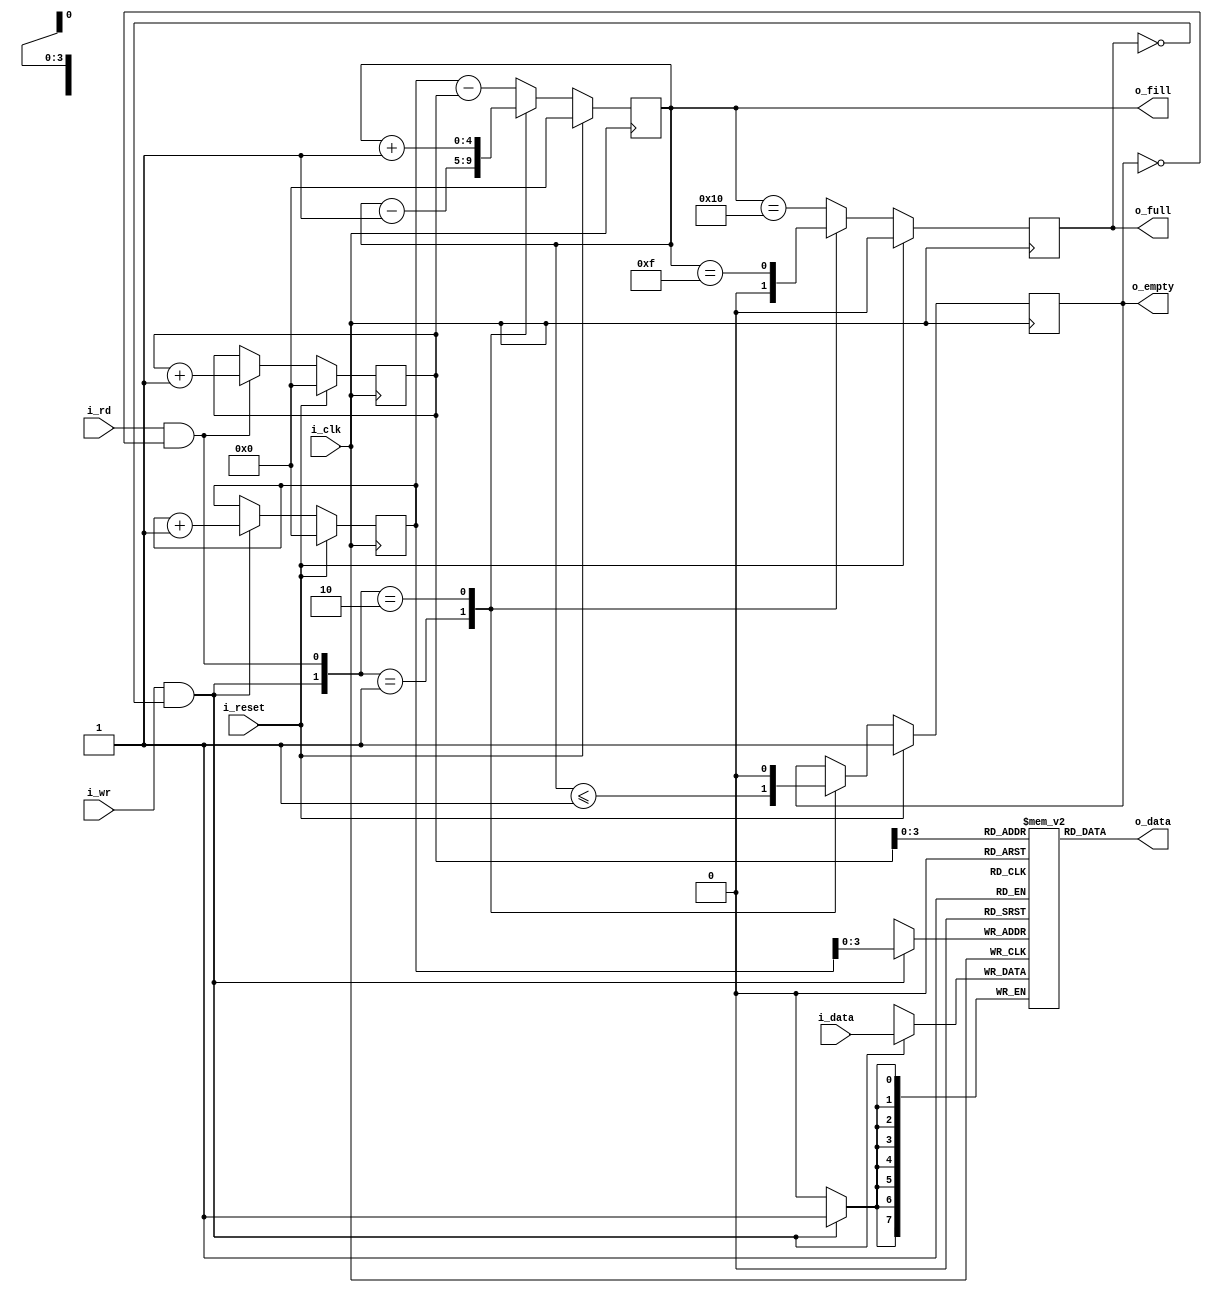
module sfifo #(
		// {{{
		parameter	BW=8,	// Byte/data width
		parameter 	LGFLEN=4,
		parameter [0:0]	OPT_ASYNC_READ = 1'b1,
		parameter [0:0]	OPT_WRITE_ON_FULL = 1'b0,
		parameter [0:0]	OPT_READ_ON_EMPTY = 1'b0,
		localparam	FLEN=(1<<LGFLEN)
		// }}}
	) (
		// {{{
		input	wire		i_clk,
		input	wire		i_reset,
		//
		// Write interface
		input	wire		i_wr,
		input	wire [(BW-1):0]	i_data,
		output	reg 		o_full,
		output	reg [LGFLEN:0]	o_fill,
		//
		// Read interface
		input	wire		i_rd,
		output	reg [(BW-1):0]	o_data,
		output	reg		o_empty	// True if FIFO is empty
		// }}}
	);

	// Register/net declarations
	// {{{
	reg			r_full, r_empty;
	reg	[(BW-1):0]	mem[0:(FLEN-1)];
	reg	[LGFLEN:0]	wr_addr, rd_addr;
	reg	[LGFLEN-1:0]	rd_next;

	wire	w_wr = (i_wr && !o_full);
	wire	w_rd = (i_rd && !o_empty);
	// }}}

	// o_fill
	// {{{
	initial	o_fill = 0;
	always @(posedge i_clk)
	if (i_reset)
		o_fill <= 0;
	else case({ w_wr, w_rd })
	2'b01: o_fill <= o_fill - 1;
	2'b10: o_fill <= o_fill + 1;
	default: o_fill <= wr_addr - rd_addr;
	endcase
	// }}}

	// r_full, o_full
	// {{{
	initial	r_full = 0;
	always @(posedge i_clk)
	if (i_reset)
		r_full <= 0;
	else case({ w_wr, w_rd})
	2'b01: r_full <= 1'b0;
	2'b10: r_full <= (o_fill == { 1'b0, {(LGFLEN){1'b1}} });
	default: r_full <= (o_fill == { 1'b1, {(LGFLEN){1'b0}} });
	endcase

	always @(*)
	if (OPT_WRITE_ON_FULL && i_rd)
		o_full = 1'b0;
	else
		o_full = r_full;
	// }}}
		
	// wr_addr, the write address pointer
	// {{{
	initial	wr_addr = 0;
	always @(posedge i_clk)
	if (i_reset)
		wr_addr <= 0;
	else if (w_wr)
		wr_addr <= wr_addr + 1'b1;
	// }}}

	// Write to memory
	// {{{
	always @(posedge i_clk)
	if (w_wr)
		mem[wr_addr[(LGFLEN-1):0]] <= i_data;
	// }}}

	// rd_addr, the read address pointer
	// {{{
	initial	rd_addr = 0;
	always @(posedge i_clk)
	if (i_reset)
		rd_addr <= 0;
	else if (w_rd)
		rd_addr <= rd_addr + 1;
	// }}}

	always @(*)
		rd_next = rd_addr[LGFLEN-1:0] + 1;

	// r_empty, o_empty
	// {{{
	initial	r_empty = 1'b1;
	always @(posedge i_clk)
	if (i_reset)
		r_empty <= 1'b1;
	else case ({ w_wr, w_rd })
	2'b01: r_empty <= (o_fill <= 1);
	2'b10: r_empty <= 1'b0;
	default: begin end
	endcase

	always @(*)
	if (OPT_READ_ON_EMPTY && i_wr)
		o_empty = 1'b0;
	else
		o_empty = r_empty;
	// }}}

	// Read from the FIFO
	// {{{
	generate if (OPT_ASYNC_READ && OPT_READ_ON_EMPTY)
	begin : ASYNCHRONOUS_READ_ON_EMPTY
		// o_data
		// {{{
		always @(*)
		begin
			o_data = mem[rd_addr[LGFLEN-1:0]];
			if (r_empty)
				o_data = i_data;
		end
		// }}}
	end else if (OPT_ASYNC_READ)
	begin : ASYNCHRONOUS_READ
		// o_data
		// {{{
		always @(*)
			o_data = mem[rd_addr[LGFLEN-1:0]];
		// }}}
	end else begin : REGISTERED_READ
		// {{{
		reg		bypass_valid;
		reg [BW-1:0]	bypass_data, rd_data;

		// Memory read, bypassing it if we must
		// {{{
		initial bypass_valid = 0;
		always @(posedge i_clk)
		if (i_reset)
			bypass_valid <= 0;
		else begin
			bypass_valid <= 1'b0;
			if (!i_wr)
				bypass_valid <= 1'b0;
			else if (r_empty || (i_rd && (o_fill == 1)))
				bypass_valid <= 1'b1;
		end

		always @(posedge i_clk)
			bypass_data <= i_data;

		initial mem[0] = 0;
		initial rd_data = 0;
		always @(posedge i_clk)
			rd_data <= mem[(w_rd)?rd_next : rd_addr[LGFLEN-1:0]];

		always @(*)
		if (OPT_READ_ON_EMPTY && r_empty)
			o_data = i_data;
		else if (bypass_valid)
			o_data = bypass_data;
		else
			o_data = rd_data;
		// }}}
		// }}}
	end endgenerate
	// }}}

	// Make Verilator happy
	// verilator lint_off UNUSED
	wire	[LGFLEN-1:0]	unused;
	assign	unused = rd_next;
	// verilator lint_on  UNUSED

////////////////////////////////////////////////////////////////////////////////
////////////////////////////////////////////////////////////////////////////////
////////////////////////////////////////////////////////////////////////////////
//
// FORMAL METHODS
// {{{
////////////////////////////////////////////////////////////////////////////////
////////////////////////////////////////////////////////////////////////////////
////////////////////////////////////////////////////////////////////////////////
//
`ifdef	FORMAL

//
// Assumptions about our input(s)
//
//
`ifdef	SFIFO
`define	ASSUME	assume
`else
`define	ASSUME	assert
`endif

	reg			f_past_valid;
	wire	[LGFLEN:0]	f_fill, f_next;
	wire			f_empty;

	initial	f_past_valid = 1'b0;
	always @(posedge i_clk)
		f_past_valid <= 1'b1;

	////////////////////////////////////////////////////////////////////////
	//
	// Assertions about our flags and counters
	// {{{
	////////////////////////////////////////////////////////////////////////
	//
	//

	assign	f_fill = wr_addr - rd_addr;
	assign	f_empty = (wr_addr == rd_addr);
	assign	f_next = rd_addr + 1'b1;

	always @(*)
	begin
		assert(f_fill <= { 1'b1, {(LGFLEN){1'b0}} });
		assert(o_fill == f_fill);

		assert(r_full  == (f_fill == {1'b1, {(LGFLEN){1'b0}} }));
		assert(r_empty == (f_fill == 0));
		assert(rd_next == f_next[LGFLEN-1:0]);

		if (!OPT_WRITE_ON_FULL)
		begin
			assert(o_full == r_full);
		end else begin
			assert(o_full == (r_full && !i_rd));
		end

		if (!OPT_READ_ON_EMPTY)
		begin
			assert(o_empty == r_empty);
		end else begin
			assert(o_empty == (r_empty && !i_wr));
		end
	end

	always @(posedge i_clk)
	if (!OPT_ASYNC_READ && f_past_valid)
	begin
		if (f_fill == 0)
		begin
			assert(r_empty);
			assert(o_empty || (OPT_READ_ON_EMPTY && i_wr));
		end else if ($past(f_fill)>1)
		begin
			assert(!r_empty);
		end else if ($past(!i_rd && f_fill > 0))
			assert(!r_empty);
	end

	always @(*)
	if (!r_empty)
	begin
		// This also applies for the registered read case
		assert(mem[rd_addr[LGFLEN-1:0]] == o_data);
	end else if (OPT_READ_ON_EMPTY)
		assert(o_data == i_data);

	// }}}
	////////////////////////////////////////////////////////////////////////
	//
	// Formal contract: (Twin write test)
	// {{{
	// If you write two values in succession, you should be able to read
	// those same two values in succession some time later.
	//
	////////////////////////////////////////////////////////////////////////
	//
	//

	// Verilator lint_off UNDRIVEN
	(* anyconst *)	reg	[LGFLEN:0]	f_first_addr;
	// Verilator lint_on  UNDRIVEN
			reg	[LGFLEN:0]	f_second_addr;
			reg	[BW-1:0]	f_first_data, f_second_data;

	reg	f_first_addr_in_fifo,  f_first_in_fifo;
	reg	f_second_addr_in_fifo, f_second_in_fifo;
	reg	[LGFLEN:0]	f_distance_to_first, f_distance_to_second;

	always @(*)
		f_second_addr = f_first_addr + 1;

	always @(*)
	begin
		f_distance_to_first = (f_first_addr - rd_addr);
		f_first_addr_in_fifo = 0;
		if ((f_fill != 0) && (f_distance_to_first < f_fill))
			f_first_addr_in_fifo = 1;
	end

	always @(*)
	begin
		f_distance_to_second = (f_second_addr - rd_addr);
		f_second_addr_in_fifo = 0;
		if ((f_fill != 0) && (f_distance_to_second < f_fill))
			f_second_addr_in_fifo = 1;
	end

	always @(posedge i_clk)
	if (w_wr && wr_addr == f_first_addr)
		f_first_data <= i_data;

	always @(posedge i_clk)
	if (w_wr && wr_addr == f_second_addr)
		f_second_data <= i_data;

	always @(*)
	if (f_first_addr_in_fifo)
		assert(mem[f_first_addr[LGFLEN-1:0]] == f_first_data);
	always @(*)
		f_first_in_fifo = (f_first_addr_in_fifo && (mem[f_first_addr[LGFLEN-1:0]] == f_first_data));

	always @(*)
	if (f_second_addr_in_fifo)
		assert(mem[f_second_addr[LGFLEN-1:0]] == f_second_data);

	always @(*)
		f_second_in_fifo = (f_second_addr_in_fifo && (mem[f_second_addr[LGFLEN-1:0]] == f_second_data));

	always @(posedge i_clk)
	if (f_past_valid && !$past(i_reset))
	begin
		case({$past(f_first_in_fifo), $past(f_second_in_fifo)})
		2'b00: begin
				if ($past(w_wr && (!w_rd || !r_empty))
					&&($past(wr_addr == f_first_addr)))
				begin
					assert(f_first_in_fifo);
				end else begin
					assert(!f_first_in_fifo);
				end
				//
				// The second could be in the FIFO, since
				// one might write other data than f_first_data
				//
				// assert(!f_second_in_fifo);
			end
		2'b01: begin
				assert(!f_first_in_fifo);
				if ($past(w_rd && (rd_addr==f_second_addr)))
				begin
					assert((o_empty&&!OPT_ASYNC_READ)||!f_second_in_fifo);
				end else begin
					assert(f_second_in_fifo);
				end
			end
		2'b10: begin
				if ($past(w_wr)
					&&($past(wr_addr == f_second_addr)))
				begin
					assert(f_second_in_fifo);
				end else begin
					assert(!f_second_in_fifo);
				end
				if ($past(!w_rd ||(rd_addr != f_first_addr)))
					assert(f_first_in_fifo);
			end
		2'b11: begin
				assert(f_second_in_fifo);
				if ($past(!w_rd ||(rd_addr != f_first_addr)))
				begin
					assert(f_first_in_fifo);
					if (rd_addr == f_first_addr)
						assert(o_data == f_first_data);
				end else begin
					assert(!f_first_in_fifo);
					assert(o_data == f_second_data);
				end
			end
		endcase
	end
	// }}}
	////////////////////////////////////////////////////////////////////////
	//
	//	Cover properties
	// {{{
	////////////////////////////////////////////////////////////////////////
	//
	//
`ifdef	SFIFO
	reg	f_was_full;
	initial	f_was_full = 0;
	always @(posedge i_clk)
	if (o_full)
		f_was_full <= 1;

	always @(posedge i_clk)
		cover($fell(f_empty));

	always @(posedge i_clk)
		cover($fell(o_empty));

	always @(posedge i_clk)
		cover(f_was_full && f_empty);

	always @(posedge i_clk)
		cover($past(o_full,2)&&(!$past(o_full))&&(o_full));

	always @(posedge i_clk)
	if (f_past_valid)
		cover($past(o_empty,2)&&(!$past(o_empty))&& o_empty);
`endif
	// }}}

	// Make Verilator happy
	// Verilator lint_off UNUSED
	wire	unused_formal;
	assign	unused_formal = &{ 1'b0, f_next[LGFLEN], f_empty };
`endif // FORMAL
// }}}
endmodule